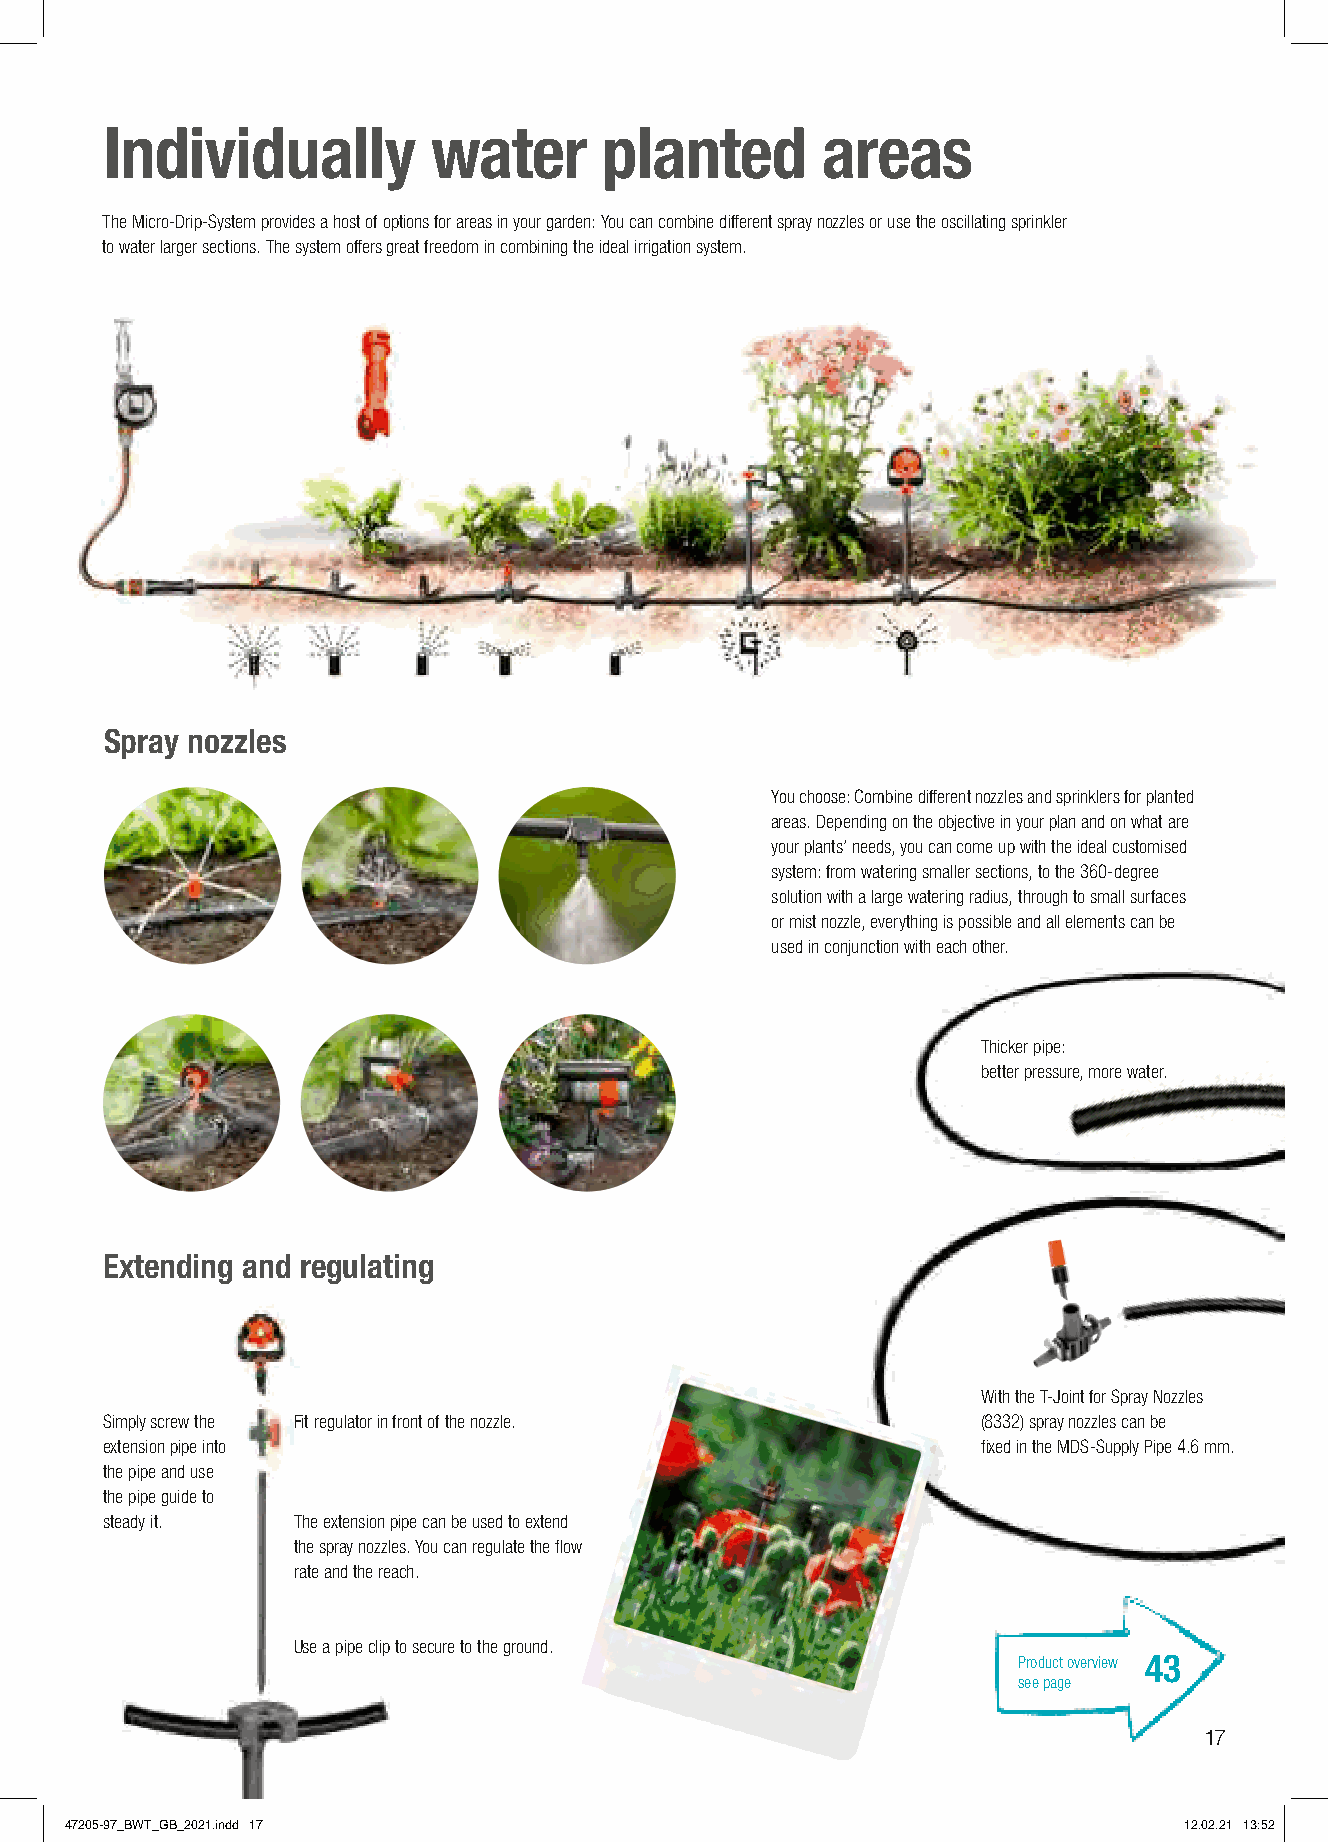
Individually          water      planted       areas
 The Micro-Drip-System provides a host of options for areas in your garden: You can combine different spray nozzles or use the oscillating sprinkler
 to water larger sections. The system offers great freedom in combining the ideal irrigation system.
 Spray nozzles
 You choose: Combine different nozzles and sprinklers for planted
 areas. Depending on the objective in your plan and on what are
 your plants’ needs, you can come up with the ideal customised
 system: from watering smaller sections, to the 360-degree
 solution with a large watering radius, through to small surfaces
 or mist nozzle, everything is possible and all elements can be
 used in conjunction with each other.
 Thicker pipe:
 better pressure, more water.
 Extending and regulating
 With the T-Joint for Spray Nozzles
 Simply screw the Fit regulator in front of the nozzle.    (8332) spray nozzles can be
 extension pipe into                                       fixed in the MDS-Supply Pipe 4.6 mm.
 the pipe and use
 the pipe guide to
 steady it.  The extension pipe can be used to extend
 the spray nozzles. You can regulate the flow
 rate and the reach.
 Use a pipe clip to secure to the ground.
 Product overview 43
 see page
 17
 47205-97_BWT_GB_2021.indd 17                                              12.02.21 13:52